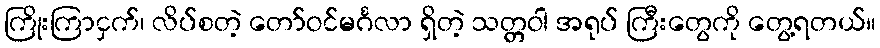
ကြိုးကြာငှက်၊ လိပ်စတဲ့ တော်ဝင်မင်္ဂလာ ရှိတဲ့ သတ္တဝါ အရုပ် ကြီးတွေကို တွေ့ရတယ်။